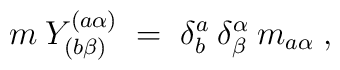
m\: Y^{(a \alpha)}_{(b \beta)} \;=\; \delta^a_b\:\delta^\alpha_\beta \: m_{a \alpha} \;,